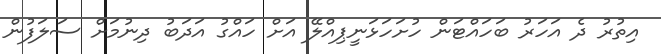
އިތުރު ދެ އަހަރު ބަހައްޓަން ހުށަހަޅަނީޕިއްލޭ އަށް ހައްގު އަދަބު ދިނުމަށް ސަލަފުން